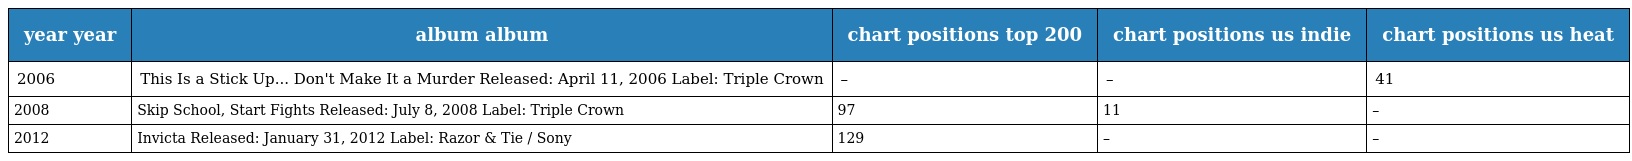
| year year | album album | chart positions top 200 | chart positions us indie | chart positions us heat |
 | --- | --- | --- | --- | --- |
 | 2006 | This Is a Stick Up... Don't Make It a Murder Released: April 11, 2006 Label: Triple Crown | – | – | 41 |
 | 2008 | Skip School, Start Fights Released: July 8, 2008 Label: Triple Crown | 97 | 11 | – |
 | 2012 | Invicta Released: January 31, 2012 Label: Razor & Tie / Sony | 129 | – | – |